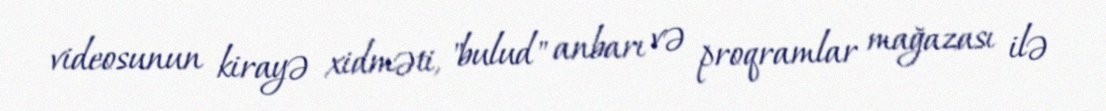
videosunun kirayə xidməti, "bulud" anbarı və proqramlar mağazası ilə